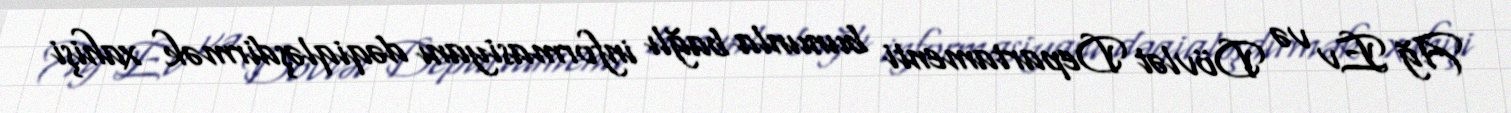
Ağ Ev və Dövlət Departamenti bununla bağlı informasiyanı dəqiqləşdirmək xahişi